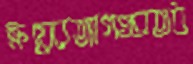
ক্রয়েরত্যাগওব্রতধ